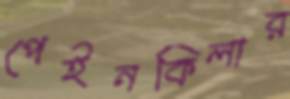
পেইনকিলার